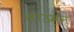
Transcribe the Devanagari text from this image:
लाउमन